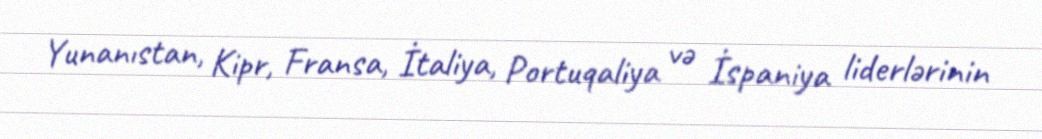
Yunanıstan, Kipr, Fransa, İtaliya, Portuqaliya və İspaniya liderlərinin